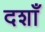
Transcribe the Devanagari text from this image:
दशाँ